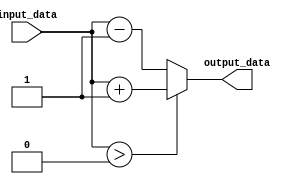
module GenerateParameterizedModule #(parameter WIDTH = 8) (
    input wire [WIDTH-1:0] input_data,
    output reg [WIDTH-1:0] output_data
);

always @(*) begin
    if (input_data > 0) begin
        output_data = input_data + 1;
    end else begin
        output_data = input_data - 1;
    end
end

endmodule